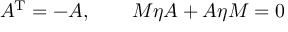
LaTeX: A ^ { \mathrm { T } } = - A , \qquad M \eta A + A \eta M = 0